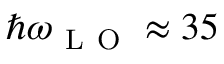
\hbar \omega _ { \mathrm { ~ L ~ O ~ } } \approx 3 5